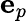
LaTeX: \mathbf{e}_{p}